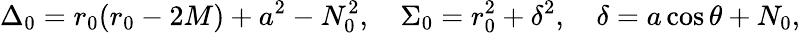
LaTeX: \Delta_{0}=r_{0}(r_{0}-2M)+a^{2}-N_{0}^{2},\quad\Sigma_{0}=r_{0}^{2}+\delta^{2},\quad\delta=a\cos\theta+N_{0},